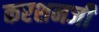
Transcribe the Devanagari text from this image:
करशनजी